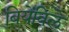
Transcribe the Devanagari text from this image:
बियेंविले